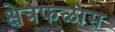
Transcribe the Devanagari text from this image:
क्षेत्रफळास